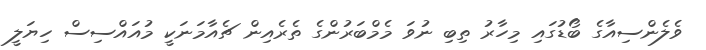
ވެލެންސިއާގެ ބޯޑުގައި މިހާރު ތިބި ނުވަ މެމްބަރުންގެ ތެރެއިން ޗެއާމަނަކީ މުއައްސިސް ހިޔަލީ